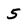
Character: 5